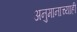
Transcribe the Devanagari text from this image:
अनुमानाच्याही